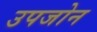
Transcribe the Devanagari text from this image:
उपजोन